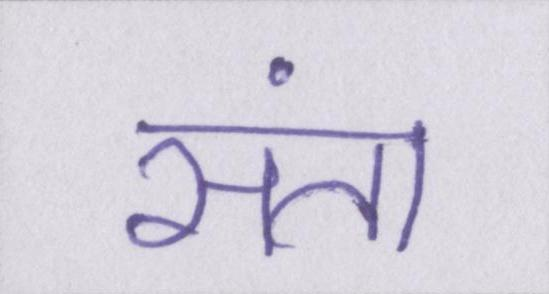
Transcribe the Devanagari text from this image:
संता